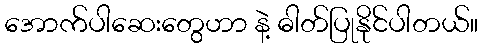
အောက်ပါဆေးတွေဟာ နဲ့ ဓါတ်ပြုနိုင်ပါတယ်။